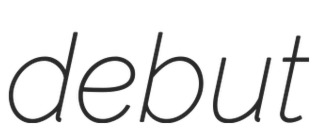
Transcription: debut